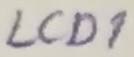
Text: LCD1